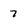
Character: 7